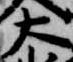
大